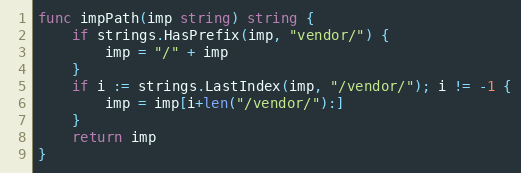
Language: Go
func impPath(imp string) string {
	if strings.HasPrefix(imp, "vendor/") {
		imp = "/" + imp
	}
	if i := strings.LastIndex(imp, "/vendor/"); i != -1 {
		imp = imp[i+len("/vendor/"):]
	}
	return imp
}